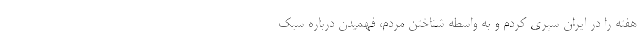
هفته را در ایران سپری کردم و به واسطه شناختن مردم، فهمیدن درباره سبک